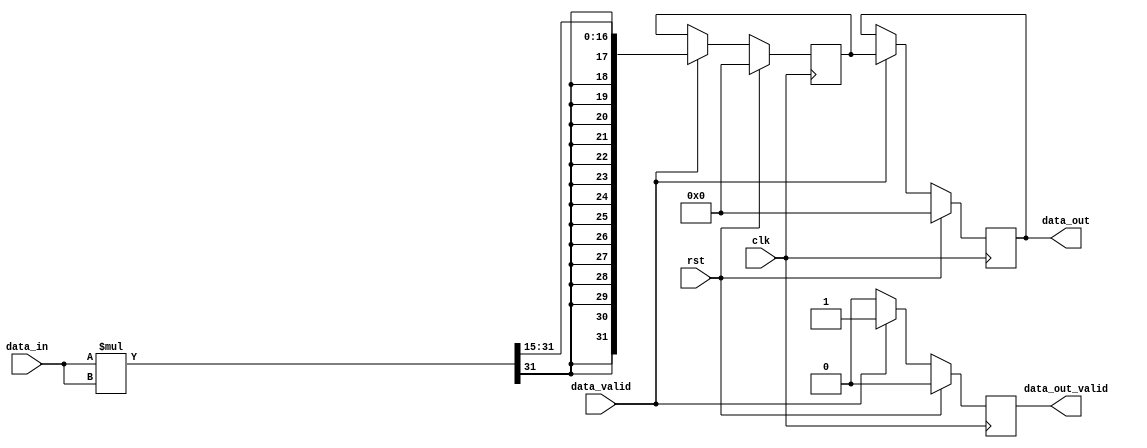
module pow_module #(
    parameter Q = 15 // Number of fractional bits in the input data
) (
    input wire clk,
    input wire rst,
    input wire signed [31:0] data_in, // INT32 Q30
    input wire data_valid,
    output reg signed [31:0] data_out, // INT32 Q30
    output reg data_out_valid
);

reg signed [31:0] data_reg; // INT32 Q30

always @(posedge clk) begin
    if (rst) begin
        data_reg <= 0;
        data_out <= 0;
        data_out_valid <= 0;
    end else begin
        if (data_valid) begin
            data_reg <= $signed(data_in) * $signed(data_in) >>> Q;
            data_out <= data_reg;
            data_out_valid <= 1;
        end else begin
            data_out_valid <= 0;
        end
    end
end

endmodule